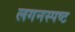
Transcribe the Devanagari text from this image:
लगनस्पष्ट